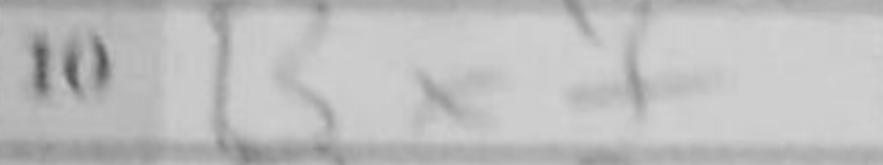
Transcription: Bxf